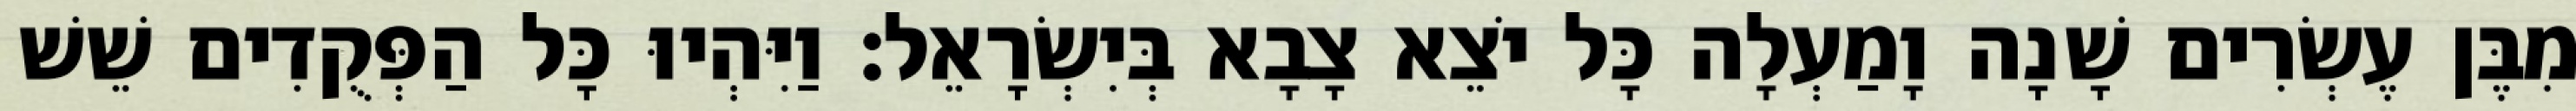
מִבֶּן עֶשְׂרִים שָׁנָה וָמַעְלָה כָּל יֹצֵא צָבָא בְּיִשְׂרָאֵל׃ וַיִּהְיוּ כָּל הַפְּקֻדִים שֵׁשׁ